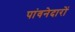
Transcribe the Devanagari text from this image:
पांवनेदारों